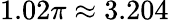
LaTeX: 1.02\pi\approx 3.204